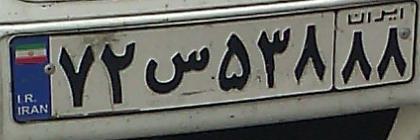
۷۲س۵۳۸۸۸